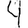
Digit: 4